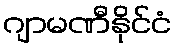
ဂျာမဏီနိုင်ငံ